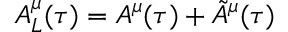
A _ { L } ^ { \mu } ( \tau ) = A ^ { \mu } ( \tau ) + \tilde { A } ^ { \mu } ( \tau )